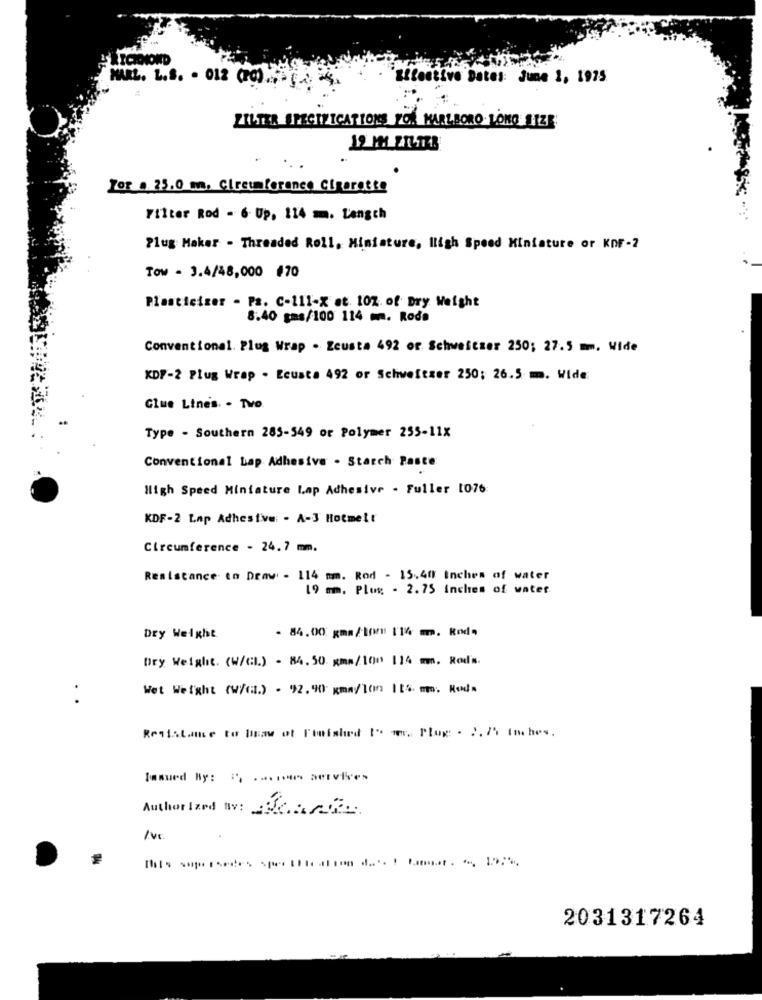
MARL. L.S. . 012 (PC).
'Effective Dates: June 1, 1975
ZILTER SPECIFICATIONS YO! MARLBORO LONG SIZE:
Zor . 25.0 mm. Circumference Cigarette
Filter Rod - 6 Up. 114 m. Length
Plug Maker - Threaded Roll, Miniature, High Speed Miniature or KDF-2
Tow - 3.4/48,000 #70
Plasticiger . Ps. C-111-X at. 1OZ. of Dry Weight
8.40 gms/100 114 m. Roda
Conventional. Plug Wrap . Zcusta 492 of Schweitzer 250; 27.5 mm. Wide
KDF-2 Plug Wrap . Ecusta 492 or Schweitzer 250; 26.5 m. Wide
Glue Lines. . Two.
Type - Southern 285-549 or Polymer 255-11x
Conventional Lap Adhesive . Starch Paste
High Speed Miniature Lap Adhesive . Fuller 1076
KDF-2 Lap Adhesive: - A-3 Hotmelt
Circumference - 24.7 mm.
Resistance to Draw - 114 mm. Rod - 15.40 Inches of water
19 mm. Plug - 2. 75 inches of water.
- 84.00 gmm/10/ 114 mm. Rod.
Dry Weight
Dry Weight. (W/GL.) - 84.50 gms/100 114 mm. Rod's.
.
Wet Weight (w/c:1) - 92.90 Kma/lon Its mm. Moda
Resistance to law of Finished I" m. Plog . 2. 75 Inches.
Issued By: ", ..... services
Author Ized av: Cant.
2031317264